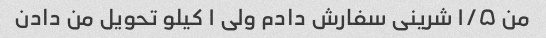
من ۱/۵ شرینی سفارش دادم ولی ۱ کیلو تحویل من دادن